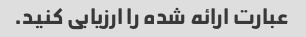
عبارت ارائه شده را ارزیابی کنید.